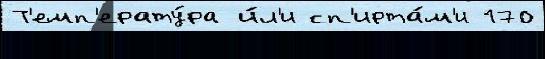
Т'емп'ерату́ра и́л'и сп'ирта́м'и 170